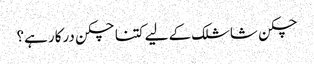
چکن شاشلک کے لیے کتنا چکن درکار ہے؟